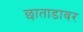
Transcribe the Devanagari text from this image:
छाताडावर